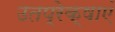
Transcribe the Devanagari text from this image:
उतप्रेक्षाएं